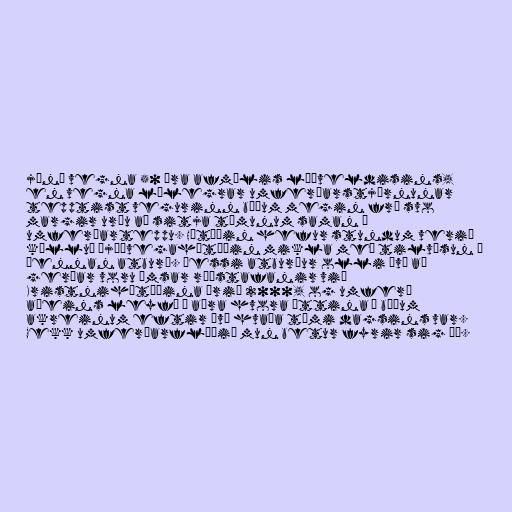
júní vegna 50 ára afmælis lýðveldisins,
en vegna lélegrar umferðarstjórnunar
tepptist vegurinn báðum megin frá svo
margir urðu að sitja tímunum saman í
umferðarteppu. Hátíðin hefur stundum verið
kölluð þjóðvegahátíðin mikla með tilvísun í
þennan atburð. Þessi atburður olli því að
gerðar voru ýmsar ráðstafanir við
Kristnihátíðina árið 2000, og umferð
aðeins leyfð í aðra hvora áttina á báðum
akreinum eftir því hvaða tími dagsins var.
Gekk umferðarflæðið mun betur fyrir sig þá.